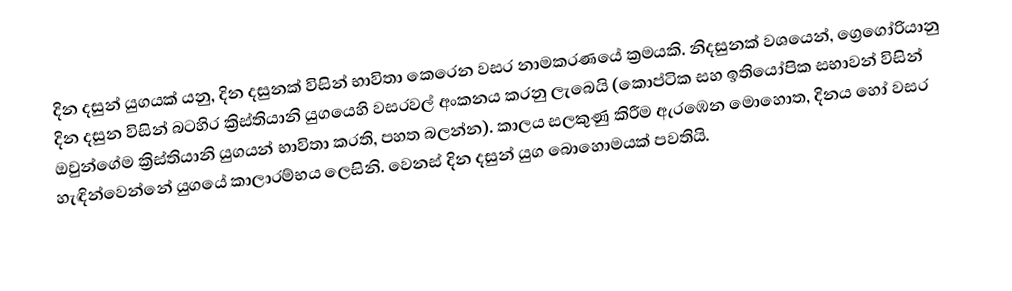
දින දසුන් යුගයක් යනු, දින දසුනක් විසින් භාවිතා කෙරෙන වසර නාමකරණයේ ක්‍රමයකි. නිදසුනක් වශයෙන්, ග්‍රෙගෝරියානු දින දසුන විසින් බටහිර ක්‍රිස්තියානි යුගයෙහි වසරවල් අංකනය කරනු ලැබෙයි (කොප්ටික සහ ඉතියෝපික සභාවන් විසින් ඔවුන්ගේම ක්‍රිස්තියානි යුගයන් භාවිතා කරති, පහත බලන්න). කාලය සලකුණු කිරීම ඇරඹෙන මොහොත, දිනය හෝ වසර හැඳින්වෙන්නේ යුගයේ  කාලාරම්භය ලෙසිනි. වෙනස් දින දසුන් යුග බොහොමයක් පවතියි.